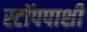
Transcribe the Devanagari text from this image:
स्टॉपपाशी